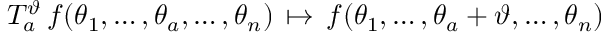
T _ { a } ^ { \vartheta } \, f ( \theta _ { 1 } , \ldots , \theta _ { a } , \ldots , \theta _ { n } ) \, \mapsto \, f ( \theta _ { 1 } , \ldots , \theta _ { a } + \vartheta , \ldots , \theta _ { n } ) \, \, \,